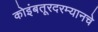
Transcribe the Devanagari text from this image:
कोइंबतूरदरम्यानचे